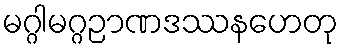
မဂ္ဂါမဂ္ဂဉာဏဒဿနဟေတု